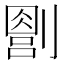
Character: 𪟔